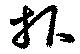
報